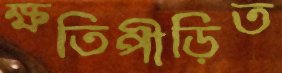
ক্ষতিপীড়িত